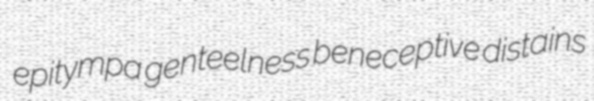
epitympa genteelness beneceptive distains